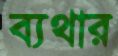
ব্যথার